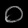
Digit: ၀